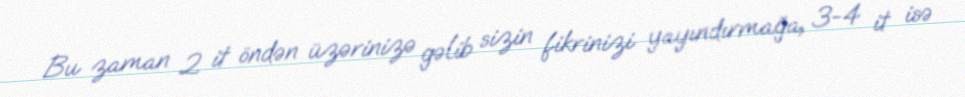
Bu zaman 2 it öndən üzərinizə gəlib sizin fikrinizi yayındırmağa, 3-4 it isə